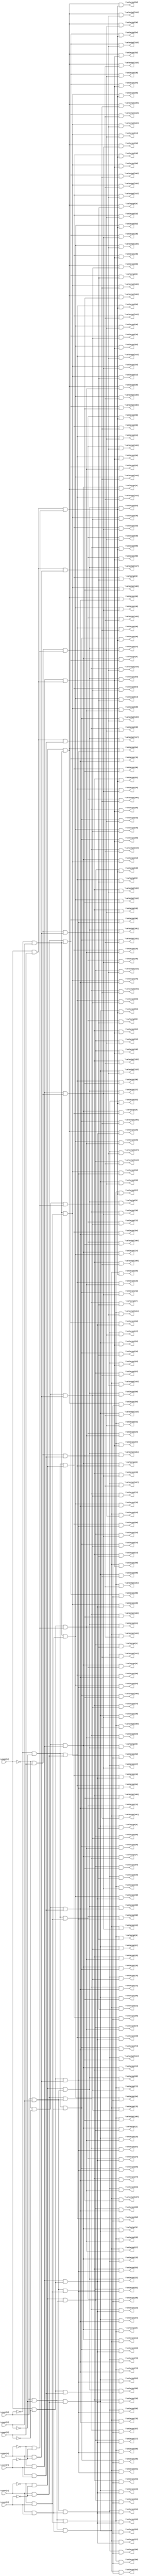
module top( \count[0]  , \count[1]  , \count[2]  , \count[3]  , \count[4]  , \count[5]  , \count[6]  , \count[7]  , \selectp1[0]  , \selectp1[1]  , \selectp1[2]  , \selectp1[3]  , \selectp1[4]  , \selectp1[5]  , \selectp1[6]  , \selectp1[7]  , \selectp1[8]  , \selectp1[9]  , \selectp1[10]  , \selectp1[11]  , \selectp1[12]  , \selectp1[13]  , \selectp1[14]  , \selectp1[15]  , \selectp1[16]  , \selectp1[17]  , \selectp1[18]  , \selectp1[19]  , \selectp1[20]  , \selectp1[21]  , \selectp1[22]  , \selectp1[23]  , \selectp1[24]  , \selectp1[25]  , \selectp1[26]  , \selectp1[27]  , \selectp1[28]  , \selectp1[29]  , \selectp1[30]  , \selectp1[31]  , \selectp1[32]  , \selectp1[33]  , \selectp1[34]  , \selectp1[35]  , \selectp1[36]  , \selectp1[37]  , \selectp1[38]  , \selectp1[39]  , \selectp1[40]  , \selectp1[41]  , \selectp1[42]  , \selectp1[43]  , \selectp1[44]  , \selectp1[45]  , \selectp1[46]  , \selectp1[47]  , \selectp1[48]  , \selectp1[49]  , \selectp1[50]  , \selectp1[51]  , \selectp1[52]  , \selectp1[53]  , \selectp1[54]  , \selectp1[55]  , \selectp1[56]  , \selectp1[57]  , \selectp1[58]  , \selectp1[59]  , \selectp1[60]  , \selectp1[61]  , \selectp1[62]  , \selectp1[63]  , \selectp1[64]  , \selectp1[65]  , \selectp1[66]  , \selectp1[67]  , \selectp1[68]  , \selectp1[69]  , \selectp1[70]  , \selectp1[71]  , \selectp1[72]  , \selectp1[73]  , \selectp1[74]  , \selectp1[75]  , \selectp1[76]  , \selectp1[77]  , \selectp1[78]  , \selectp1[79]  , \selectp1[80]  , \selectp1[81]  , \selectp1[82]  , \selectp1[83]  , \selectp1[84]  , \selectp1[85]  , \selectp1[86]  , \selectp1[87]  , \selectp1[88]  , \selectp1[89]  , \selectp1[90]  , \selectp1[91]  , \selectp1[92]  , \selectp1[93]  , \selectp1[94]  , \selectp1[95]  , \selectp1[96]  , \selectp1[97]  , \selectp1[98]  , \selectp1[99]  , \selectp1[100]  , \selectp1[101]  , \selectp1[102]  , \selectp1[103]  , \selectp1[104]  , \selectp1[105]  , \selectp1[106]  , \selectp1[107]  , \selectp1[108]  , \selectp1[109]  , \selectp1[110]  , \selectp1[111]  , \selectp1[112]  , \selectp1[113]  , \selectp1[114]  , \selectp1[115]  , \selectp1[116]  , \selectp1[117]  , \selectp1[118]  , \selectp1[119]  , \selectp1[120]  , \selectp1[121]  , \selectp1[122]  , \selectp1[123]  , \selectp1[124]  , \selectp1[125]  , \selectp1[126]  , \selectp1[127]  , \selectp2[0]  , \selectp2[1]  , \selectp2[2]  , \selectp2[3]  , \selectp2[4]  , \selectp2[5]  , \selectp2[6]  , \selectp2[7]  , \selectp2[8]  , \selectp2[9]  , \selectp2[10]  , \selectp2[11]  , \selectp2[12]  , \selectp2[13]  , \selectp2[14]  , \selectp2[15]  , \selectp2[16]  , \selectp2[17]  , \selectp2[18]  , \selectp2[19]  , \selectp2[20]  , \selectp2[21]  , \selectp2[22]  , \selectp2[23]  , \selectp2[24]  , \selectp2[25]  , \selectp2[26]  , \selectp2[27]  , \selectp2[28]  , \selectp2[29]  , \selectp2[30]  , \selectp2[31]  , \selectp2[32]  , \selectp2[33]  , \selectp2[34]  , \selectp2[35]  , \selectp2[36]  , \selectp2[37]  , \selectp2[38]  , \selectp2[39]  , \selectp2[40]  , \selectp2[41]  , \selectp2[42]  , \selectp2[43]  , \selectp2[44]  , \selectp2[45]  , \selectp2[46]  , \selectp2[47]  , \selectp2[48]  , \selectp2[49]  , \selectp2[50]  , \selectp2[51]  , \selectp2[52]  , \selectp2[53]  , \selectp2[54]  , \selectp2[55]  , \selectp2[56]  , \selectp2[57]  , \selectp2[58]  , \selectp2[59]  , \selectp2[60]  , \selectp2[61]  , \selectp2[62]  , \selectp2[63]  , \selectp2[64]  , \selectp2[65]  , \selectp2[66]  , \selectp2[67]  , \selectp2[68]  , \selectp2[69]  , \selectp2[70]  , \selectp2[71]  , \selectp2[72]  , \selectp2[73]  , \selectp2[74]  , \selectp2[75]  , \selectp2[76]  , \selectp2[77]  , \selectp2[78]  , \selectp2[79]  , \selectp2[80]  , \selectp2[81]  , \selectp2[82]  , \selectp2[83]  , \selectp2[84]  , \selectp2[85]  , \selectp2[86]  , \selectp2[87]  , \selectp2[88]  , \selectp2[89]  , \selectp2[90]  , \selectp2[91]  , \selectp2[92]  , \selectp2[93]  , \selectp2[94]  , \selectp2[95]  , \selectp2[96]  , \selectp2[97]  , \selectp2[98]  , \selectp2[99]  , \selectp2[100]  , \selectp2[101]  , \selectp2[102]  , \selectp2[103]  , \selectp2[104]  , \selectp2[105]  , \selectp2[106]  , \selectp2[107]  , \selectp2[108]  , \selectp2[109]  , \selectp2[110]  , \selectp2[111]  , \selectp2[112]  , \selectp2[113]  , \selectp2[114]  , \selectp2[115]  , \selectp2[116]  , \selectp2[117]  , \selectp2[118]  , \selectp2[119]  , \selectp2[120]  , \selectp2[121]  , \selectp2[122]  , \selectp2[123]  , \selectp2[124]  , \selectp2[125]  , \selectp2[126]  , \selectp2[127]  );
  input \count[0]  ;
  input \count[1]  ;
  input \count[2]  ;
  input \count[3]  ;
  input \count[4]  ;
  input \count[5]  ;
  input \count[6]  ;
  input \count[7]  ;
  output \selectp1[0]  ;
  output \selectp1[1]  ;
  output \selectp1[2]  ;
  output \selectp1[3]  ;
  output \selectp1[4]  ;
  output \selectp1[5]  ;
  output \selectp1[6]  ;
  output \selectp1[7]  ;
  output \selectp1[8]  ;
  output \selectp1[9]  ;
  output \selectp1[10]  ;
  output \selectp1[11]  ;
  output \selectp1[12]  ;
  output \selectp1[13]  ;
  output \selectp1[14]  ;
  output \selectp1[15]  ;
  output \selectp1[16]  ;
  output \selectp1[17]  ;
  output \selectp1[18]  ;
  output \selectp1[19]  ;
  output \selectp1[20]  ;
  output \selectp1[21]  ;
  output \selectp1[22]  ;
  output \selectp1[23]  ;
  output \selectp1[24]  ;
  output \selectp1[25]  ;
  output \selectp1[26]  ;
  output \selectp1[27]  ;
  output \selectp1[28]  ;
  output \selectp1[29]  ;
  output \selectp1[30]  ;
  output \selectp1[31]  ;
  output \selectp1[32]  ;
  output \selectp1[33]  ;
  output \selectp1[34]  ;
  output \selectp1[35]  ;
  output \selectp1[36]  ;
  output \selectp1[37]  ;
  output \selectp1[38]  ;
  output \selectp1[39]  ;
  output \selectp1[40]  ;
  output \selectp1[41]  ;
  output \selectp1[42]  ;
  output \selectp1[43]  ;
  output \selectp1[44]  ;
  output \selectp1[45]  ;
  output \selectp1[46]  ;
  output \selectp1[47]  ;
  output \selectp1[48]  ;
  output \selectp1[49]  ;
  output \selectp1[50]  ;
  output \selectp1[51]  ;
  output \selectp1[52]  ;
  output \selectp1[53]  ;
  output \selectp1[54]  ;
  output \selectp1[55]  ;
  output \selectp1[56]  ;
  output \selectp1[57]  ;
  output \selectp1[58]  ;
  output \selectp1[59]  ;
  output \selectp1[60]  ;
  output \selectp1[61]  ;
  output \selectp1[62]  ;
  output \selectp1[63]  ;
  output \selectp1[64]  ;
  output \selectp1[65]  ;
  output \selectp1[66]  ;
  output \selectp1[67]  ;
  output \selectp1[68]  ;
  output \selectp1[69]  ;
  output \selectp1[70]  ;
  output \selectp1[71]  ;
  output \selectp1[72]  ;
  output \selectp1[73]  ;
  output \selectp1[74]  ;
  output \selectp1[75]  ;
  output \selectp1[76]  ;
  output \selectp1[77]  ;
  output \selectp1[78]  ;
  output \selectp1[79]  ;
  output \selectp1[80]  ;
  output \selectp1[81]  ;
  output \selectp1[82]  ;
  output \selectp1[83]  ;
  output \selectp1[84]  ;
  output \selectp1[85]  ;
  output \selectp1[86]  ;
  output \selectp1[87]  ;
  output \selectp1[88]  ;
  output \selectp1[89]  ;
  output \selectp1[90]  ;
  output \selectp1[91]  ;
  output \selectp1[92]  ;
  output \selectp1[93]  ;
  output \selectp1[94]  ;
  output \selectp1[95]  ;
  output \selectp1[96]  ;
  output \selectp1[97]  ;
  output \selectp1[98]  ;
  output \selectp1[99]  ;
  output \selectp1[100]  ;
  output \selectp1[101]  ;
  output \selectp1[102]  ;
  output \selectp1[103]  ;
  output \selectp1[104]  ;
  output \selectp1[105]  ;
  output \selectp1[106]  ;
  output \selectp1[107]  ;
  output \selectp1[108]  ;
  output \selectp1[109]  ;
  output \selectp1[110]  ;
  output \selectp1[111]  ;
  output \selectp1[112]  ;
  output \selectp1[113]  ;
  output \selectp1[114]  ;
  output \selectp1[115]  ;
  output \selectp1[116]  ;
  output \selectp1[117]  ;
  output \selectp1[118]  ;
  output \selectp1[119]  ;
  output \selectp1[120]  ;
  output \selectp1[121]  ;
  output \selectp1[122]  ;
  output \selectp1[123]  ;
  output \selectp1[124]  ;
  output \selectp1[125]  ;
  output \selectp1[126]  ;
  output \selectp1[127]  ;
  output \selectp2[0]  ;
  output \selectp2[1]  ;
  output \selectp2[2]  ;
  output \selectp2[3]  ;
  output \selectp2[4]  ;
  output \selectp2[5]  ;
  output \selectp2[6]  ;
  output \selectp2[7]  ;
  output \selectp2[8]  ;
  output \selectp2[9]  ;
  output \selectp2[10]  ;
  output \selectp2[11]  ;
  output \selectp2[12]  ;
  output \selectp2[13]  ;
  output \selectp2[14]  ;
  output \selectp2[15]  ;
  output \selectp2[16]  ;
  output \selectp2[17]  ;
  output \selectp2[18]  ;
  output \selectp2[19]  ;
  output \selectp2[20]  ;
  output \selectp2[21]  ;
  output \selectp2[22]  ;
  output \selectp2[23]  ;
  output \selectp2[24]  ;
  output \selectp2[25]  ;
  output \selectp2[26]  ;
  output \selectp2[27]  ;
  output \selectp2[28]  ;
  output \selectp2[29]  ;
  output \selectp2[30]  ;
  output \selectp2[31]  ;
  output \selectp2[32]  ;
  output \selectp2[33]  ;
  output \selectp2[34]  ;
  output \selectp2[35]  ;
  output \selectp2[36]  ;
  output \selectp2[37]  ;
  output \selectp2[38]  ;
  output \selectp2[39]  ;
  output \selectp2[40]  ;
  output \selectp2[41]  ;
  output \selectp2[42]  ;
  output \selectp2[43]  ;
  output \selectp2[44]  ;
  output \selectp2[45]  ;
  output \selectp2[46]  ;
  output \selectp2[47]  ;
  output \selectp2[48]  ;
  output \selectp2[49]  ;
  output \selectp2[50]  ;
  output \selectp2[51]  ;
  output \selectp2[52]  ;
  output \selectp2[53]  ;
  output \selectp2[54]  ;
  output \selectp2[55]  ;
  output \selectp2[56]  ;
  output \selectp2[57]  ;
  output \selectp2[58]  ;
  output \selectp2[59]  ;
  output \selectp2[60]  ;
  output \selectp2[61]  ;
  output \selectp2[62]  ;
  output \selectp2[63]  ;
  output \selectp2[64]  ;
  output \selectp2[65]  ;
  output \selectp2[66]  ;
  output \selectp2[67]  ;
  output \selectp2[68]  ;
  output \selectp2[69]  ;
  output \selectp2[70]  ;
  output \selectp2[71]  ;
  output \selectp2[72]  ;
  output \selectp2[73]  ;
  output \selectp2[74]  ;
  output \selectp2[75]  ;
  output \selectp2[76]  ;
  output \selectp2[77]  ;
  output \selectp2[78]  ;
  output \selectp2[79]  ;
  output \selectp2[80]  ;
  output \selectp2[81]  ;
  output \selectp2[82]  ;
  output \selectp2[83]  ;
  output \selectp2[84]  ;
  output \selectp2[85]  ;
  output \selectp2[86]  ;
  output \selectp2[87]  ;
  output \selectp2[88]  ;
  output \selectp2[89]  ;
  output \selectp2[90]  ;
  output \selectp2[91]  ;
  output \selectp2[92]  ;
  output \selectp2[93]  ;
  output \selectp2[94]  ;
  output \selectp2[95]  ;
  output \selectp2[96]  ;
  output \selectp2[97]  ;
  output \selectp2[98]  ;
  output \selectp2[99]  ;
  output \selectp2[100]  ;
  output \selectp2[101]  ;
  output \selectp2[102]  ;
  output \selectp2[103]  ;
  output \selectp2[104]  ;
  output \selectp2[105]  ;
  output \selectp2[106]  ;
  output \selectp2[107]  ;
  output \selectp2[108]  ;
  output \selectp2[109]  ;
  output \selectp2[110]  ;
  output \selectp2[111]  ;
  output \selectp2[112]  ;
  output \selectp2[113]  ;
  output \selectp2[114]  ;
  output \selectp2[115]  ;
  output \selectp2[116]  ;
  output \selectp2[117]  ;
  output \selectp2[118]  ;
  output \selectp2[119]  ;
  output \selectp2[120]  ;
  output \selectp2[121]  ;
  output \selectp2[122]  ;
  output \selectp2[123]  ;
  output \selectp2[124]  ;
  output \selectp2[125]  ;
  output \selectp2[126]  ;
  output \selectp2[127]  ;
  wire n9 , n10 , n11 , n12 , n13 , n14 , n15 , n16 , n17 , n18 , n19 , n20 , n21 , n22 , n23 , n24 , n25 , n26 , n27 , n28 , n29 , n30 , n31 , n32 , n33 , n34 , n35 , n36 , n37 , n38 , n39 , n40 , n41 , n42 , n43 , n44 , n45 , n46 , n47 , n48 , n49 , n50 , n51 , n52 , n53 , n54 , n55 , n56 , n57 , n58 , n59 , n60 , n61 , n62 , n63 , n64 , n65 , n66 , n67 , n68 , n69 , n70 , n71 , n72 , n73 , n74 , n75 , n76 , n77 , n78 , n79 , n80 , n81 , n82 , n83 , n84 , n85 , n86 , n87 , n88 , n89 , n90 , n91 , n92 , n93 , n94 , n95 , n96 , n97 , n98 , n99 , n100 , n101 , n102 , n103 , n104 , n105 , n106 , n107 , n108 , n109 , n110 , n111 , n112 , n113 , n114 , n115 , n116 , n117 , n118 , n119 , n120 , n121 , n122 , n123 , n124 , n125 , n126 , n127 , n128 , n129 , n130 , n131 , n132 , n133 , n134 , n135 , n136 , n137 , n138 , n139 , n140 , n141 , n142 , n143 , n144 , n145 , n146 , n147 , n148 , n149 , n150 , n151 , n152 , n153 , n154 , n155 , n156 , n157 , n158 , n159 , n160 , n161 , n162 , n163 , n164 , n165 , n166 , n167 , n168 , n169 , n170 , n171 , n172 , n173 , n174 , n175 , n176 , n177 , n178 , n179 , n180 , n181 , n182 , n183 , n184 , n185 , n186 , n187 , n188 , n189 , n190 , n191 , n192 , n193 , n194 , n195 , n196 , n197 , n198 , n199 , n200 , n201 , n202 , n203 , n204 , n205 , n206 , n207 , n208 , n209 , n210 , n211 , n212 , n213 , n214 , n215 , n216 , n217 , n218 , n219 , n220 , n221 , n222 , n223 , n224 , n225 , n226 , n227 , n228 , n229 , n230 , n231 , n232 , n233 , n234 , n235 , n236 , n237 , n238 , n239 , n240 , n241 , n242 , n243 , n244 , n245 , n246 , n247 , n248 , n249 , n250 , n251 , n252 , n253 , n254 , n255 , n256 , n257 , n258 , n259 , n260 , n261 , n262 , n263 , n264 , n265 , n266 , n267 , n268 , n269 , n270 , n271 , n272 , n273 , n274 , n275 , n276 , n277 , n278 , n279 , n280 , n281 , n282 , n283 , n284 , n285 , n286 , n287 , n288 , n289 , n290 , n291 , n292 , n293 , n294 , n295 , n296 , n297 , n298 , n299 , n300 , n301 , n302 , n303 , n304 , n305 , n306 , n307 , n308 , n309 , n310 , n311 , n312 ;
  assign n9 = ~\count[4]  & ~\count[5]  ;
  assign n10 = ~\count[6]  & \count[7]  ;
  assign n11 = n9 & n10 ;
  assign n12 = ~\count[0]  & ~\count[2]  ;
  assign n13 = ~\count[1]  & ~\count[3]  ;
  assign n14 = n12 & n13 ;
  assign n15 = n11 & n14 ;
  assign n16 = \count[0]  & ~\count[2]  ;
  assign n17 = n13 & n16 ;
  assign n18 = n11 & n17 ;
  assign n19 = \count[1]  & ~\count[3]  ;
  assign n20 = n12 & n19 ;
  assign n21 = n11 & n20 ;
  assign n22 = n16 & n19 ;
  assign n23 = n11 & n22 ;
  assign n24 = ~\count[0]  & \count[2]  ;
  assign n25 = n13 & n24 ;
  assign n26 = n11 & n25 ;
  assign n27 = \count[0]  & \count[2]  ;
  assign n28 = n13 & n27 ;
  assign n29 = n11 & n28 ;
  assign n30 = n19 & n24 ;
  assign n31 = n11 & n30 ;
  assign n32 = n19 & n27 ;
  assign n33 = n11 & n32 ;
  assign n34 = ~\count[1]  & \count[3]  ;
  assign n35 = n12 & n34 ;
  assign n36 = n11 & n35 ;
  assign n37 = n16 & n34 ;
  assign n38 = n11 & n37 ;
  assign n39 = \count[1]  & \count[3]  ;
  assign n40 = n12 & n39 ;
  assign n41 = n11 & n40 ;
  assign n42 = n16 & n39 ;
  assign n43 = n11 & n42 ;
  assign n44 = n24 & n34 ;
  assign n45 = n11 & n44 ;
  assign n46 = n27 & n34 ;
  assign n47 = n11 & n46 ;
  assign n48 = n24 & n39 ;
  assign n49 = n11 & n48 ;
  assign n50 = n27 & n39 ;
  assign n51 = n11 & n50 ;
  assign n52 = \count[4]  & ~\count[5]  ;
  assign n53 = n10 & n52 ;
  assign n54 = n14 & n53 ;
  assign n55 = n17 & n53 ;
  assign n56 = n20 & n53 ;
  assign n57 = n22 & n53 ;
  assign n58 = n25 & n53 ;
  assign n59 = n28 & n53 ;
  assign n60 = n30 & n53 ;
  assign n61 = n32 & n53 ;
  assign n62 = n35 & n53 ;
  assign n63 = n37 & n53 ;
  assign n64 = n40 & n53 ;
  assign n65 = n42 & n53 ;
  assign n66 = n44 & n53 ;
  assign n67 = n46 & n53 ;
  assign n68 = n48 & n53 ;
  assign n69 = n50 & n53 ;
  assign n70 = ~\count[4]  & \count[5]  ;
  assign n71 = n10 & n70 ;
  assign n72 = n14 & n71 ;
  assign n73 = n17 & n71 ;
  assign n74 = n20 & n71 ;
  assign n75 = n22 & n71 ;
  assign n76 = n25 & n71 ;
  assign n77 = n28 & n71 ;
  assign n78 = n30 & n71 ;
  assign n79 = n32 & n71 ;
  assign n80 = n35 & n71 ;
  assign n81 = n37 & n71 ;
  assign n82 = n40 & n71 ;
  assign n83 = n42 & n71 ;
  assign n84 = n44 & n71 ;
  assign n85 = n46 & n71 ;
  assign n86 = n48 & n71 ;
  assign n87 = n50 & n71 ;
  assign n88 = \count[4]  & \count[5]  ;
  assign n89 = n10 & n88 ;
  assign n90 = n14 & n89 ;
  assign n91 = n17 & n89 ;
  assign n92 = n20 & n89 ;
  assign n93 = n22 & n89 ;
  assign n94 = n25 & n89 ;
  assign n95 = n28 & n89 ;
  assign n96 = n30 & n89 ;
  assign n97 = n32 & n89 ;
  assign n98 = n35 & n89 ;
  assign n99 = n37 & n89 ;
  assign n100 = n40 & n89 ;
  assign n101 = n42 & n89 ;
  assign n102 = n44 & n89 ;
  assign n103 = n46 & n89 ;
  assign n104 = n48 & n89 ;
  assign n105 = n50 & n89 ;
  assign n106 = \count[6]  & \count[7]  ;
  assign n107 = n9 & n106 ;
  assign n108 = n14 & n107 ;
  assign n109 = n17 & n107 ;
  assign n110 = n20 & n107 ;
  assign n111 = n22 & n107 ;
  assign n112 = n25 & n107 ;
  assign n113 = n28 & n107 ;
  assign n114 = n30 & n107 ;
  assign n115 = n32 & n107 ;
  assign n116 = n35 & n107 ;
  assign n117 = n37 & n107 ;
  assign n118 = n40 & n107 ;
  assign n119 = n42 & n107 ;
  assign n120 = n44 & n107 ;
  assign n121 = n46 & n107 ;
  assign n122 = n48 & n107 ;
  assign n123 = n50 & n107 ;
  assign n124 = n52 & n106 ;
  assign n125 = n14 & n124 ;
  assign n126 = n17 & n124 ;
  assign n127 = n20 & n124 ;
  assign n128 = n22 & n124 ;
  assign n129 = n25 & n124 ;
  assign n130 = n28 & n124 ;
  assign n131 = n30 & n124 ;
  assign n132 = n32 & n124 ;
  assign n133 = n35 & n124 ;
  assign n134 = n37 & n124 ;
  assign n135 = n40 & n124 ;
  assign n136 = n42 & n124 ;
  assign n137 = n44 & n124 ;
  assign n138 = n46 & n124 ;
  assign n139 = n48 & n124 ;
  assign n140 = n50 & n124 ;
  assign n141 = n70 & n106 ;
  assign n142 = n14 & n141 ;
  assign n143 = n17 & n141 ;
  assign n144 = n20 & n141 ;
  assign n145 = n22 & n141 ;
  assign n146 = n25 & n141 ;
  assign n147 = n28 & n141 ;
  assign n148 = n30 & n141 ;
  assign n149 = n32 & n141 ;
  assign n150 = n35 & n141 ;
  assign n151 = n37 & n141 ;
  assign n152 = n40 & n141 ;
  assign n153 = n42 & n141 ;
  assign n154 = n44 & n141 ;
  assign n155 = n46 & n141 ;
  assign n156 = n48 & n141 ;
  assign n157 = n50 & n141 ;
  assign n158 = n88 & n106 ;
  assign n159 = n14 & n158 ;
  assign n160 = n17 & n158 ;
  assign n161 = n20 & n158 ;
  assign n162 = n22 & n158 ;
  assign n163 = n25 & n158 ;
  assign n164 = n28 & n158 ;
  assign n165 = n30 & n158 ;
  assign n166 = n32 & n158 ;
  assign n167 = n35 & n158 ;
  assign n168 = n37 & n158 ;
  assign n169 = n40 & n158 ;
  assign n170 = n42 & n158 ;
  assign n171 = n44 & n158 ;
  assign n172 = n46 & n158 ;
  assign n173 = n48 & n158 ;
  assign n174 = n50 & n158 ;
  assign n175 = ~\count[6]  & ~\count[7]  ;
  assign n176 = n9 & n175 ;
  assign n177 = n14 & n176 ;
  assign n178 = n17 & n176 ;
  assign n179 = n20 & n176 ;
  assign n180 = n22 & n176 ;
  assign n181 = n25 & n176 ;
  assign n182 = n28 & n176 ;
  assign n183 = n30 & n176 ;
  assign n184 = n32 & n176 ;
  assign n185 = n35 & n176 ;
  assign n186 = n37 & n176 ;
  assign n187 = n40 & n176 ;
  assign n188 = n42 & n176 ;
  assign n189 = n44 & n176 ;
  assign n190 = n46 & n176 ;
  assign n191 = n48 & n176 ;
  assign n192 = n50 & n176 ;
  assign n193 = n52 & n175 ;
  assign n194 = n14 & n193 ;
  assign n195 = n17 & n193 ;
  assign n196 = n20 & n193 ;
  assign n197 = n22 & n193 ;
  assign n198 = n25 & n193 ;
  assign n199 = n28 & n193 ;
  assign n200 = n30 & n193 ;
  assign n201 = n32 & n193 ;
  assign n202 = n35 & n193 ;
  assign n203 = n37 & n193 ;
  assign n204 = n40 & n193 ;
  assign n205 = n42 & n193 ;
  assign n206 = n44 & n193 ;
  assign n207 = n46 & n193 ;
  assign n208 = n48 & n193 ;
  assign n209 = n50 & n193 ;
  assign n210 = n70 & n175 ;
  assign n211 = n14 & n210 ;
  assign n212 = n17 & n210 ;
  assign n213 = n20 & n210 ;
  assign n214 = n22 & n210 ;
  assign n215 = n25 & n210 ;
  assign n216 = n28 & n210 ;
  assign n217 = n30 & n210 ;
  assign n218 = n32 & n210 ;
  assign n219 = n35 & n210 ;
  assign n220 = n37 & n210 ;
  assign n221 = n40 & n210 ;
  assign n222 = n42 & n210 ;
  assign n223 = n44 & n210 ;
  assign n224 = n46 & n210 ;
  assign n225 = n48 & n210 ;
  assign n226 = n50 & n210 ;
  assign n227 = n88 & n175 ;
  assign n228 = n14 & n227 ;
  assign n229 = n17 & n227 ;
  assign n230 = n20 & n227 ;
  assign n231 = n22 & n227 ;
  assign n232 = n25 & n227 ;
  assign n233 = n28 & n227 ;
  assign n234 = n30 & n227 ;
  assign n235 = n32 & n227 ;
  assign n236 = n35 & n227 ;
  assign n237 = n37 & n227 ;
  assign n238 = n40 & n227 ;
  assign n239 = n42 & n227 ;
  assign n240 = n44 & n227 ;
  assign n241 = n46 & n227 ;
  assign n242 = n48 & n227 ;
  assign n243 = n50 & n227 ;
  assign n244 = \count[6]  & ~\count[7]  ;
  assign n245 = n9 & n244 ;
  assign n246 = n14 & n245 ;
  assign n247 = n17 & n245 ;
  assign n248 = n20 & n245 ;
  assign n249 = n22 & n245 ;
  assign n250 = n25 & n245 ;
  assign n251 = n28 & n245 ;
  assign n252 = n30 & n245 ;
  assign n253 = n32 & n245 ;
  assign n254 = n35 & n245 ;
  assign n255 = n37 & n245 ;
  assign n256 = n40 & n245 ;
  assign n257 = n42 & n245 ;
  assign n258 = n44 & n245 ;
  assign n259 = n46 & n245 ;
  assign n260 = n48 & n245 ;
  assign n261 = n50 & n245 ;
  assign n262 = n52 & n244 ;
  assign n263 = n14 & n262 ;
  assign n264 = n17 & n262 ;
  assign n265 = n20 & n262 ;
  assign n266 = n22 & n262 ;
  assign n267 = n25 & n262 ;
  assign n268 = n28 & n262 ;
  assign n269 = n30 & n262 ;
  assign n270 = n32 & n262 ;
  assign n271 = n35 & n262 ;
  assign n272 = n37 & n262 ;
  assign n273 = n40 & n262 ;
  assign n274 = n42 & n262 ;
  assign n275 = n44 & n262 ;
  assign n276 = n46 & n262 ;
  assign n277 = n48 & n262 ;
  assign n278 = n50 & n262 ;
  assign n279 = n70 & n244 ;
  assign n280 = n14 & n279 ;
  assign n281 = n17 & n279 ;
  assign n282 = n20 & n279 ;
  assign n283 = n22 & n279 ;
  assign n284 = n25 & n279 ;
  assign n285 = n28 & n279 ;
  assign n286 = n30 & n279 ;
  assign n287 = n32 & n279 ;
  assign n288 = n35 & n279 ;
  assign n289 = n37 & n279 ;
  assign n290 = n40 & n279 ;
  assign n291 = n42 & n279 ;
  assign n292 = n44 & n279 ;
  assign n293 = n46 & n279 ;
  assign n294 = n48 & n279 ;
  assign n295 = n50 & n279 ;
  assign n296 = n88 & n244 ;
  assign n297 = n14 & n296 ;
  assign n298 = n17 & n296 ;
  assign n299 = n20 & n296 ;
  assign n300 = n22 & n296 ;
  assign n301 = n25 & n296 ;
  assign n302 = n28 & n296 ;
  assign n303 = n30 & n296 ;
  assign n304 = n32 & n296 ;
  assign n305 = n35 & n296 ;
  assign n306 = n37 & n296 ;
  assign n307 = n40 & n296 ;
  assign n308 = n42 & n296 ;
  assign n309 = n44 & n296 ;
  assign n310 = n46 & n296 ;
  assign n311 = n48 & n296 ;
  assign n312 = n50 & n296 ;
  assign \selectp1[0]  = n15 ;
  assign \selectp1[1]  = n18 ;
  assign \selectp1[2]  = n21 ;
  assign \selectp1[3]  = n23 ;
  assign \selectp1[4]  = n26 ;
  assign \selectp1[5]  = n29 ;
  assign \selectp1[6]  = n31 ;
  assign \selectp1[7]  = n33 ;
  assign \selectp1[8]  = n36 ;
  assign \selectp1[9]  = n38 ;
  assign \selectp1[10]  = n41 ;
  assign \selectp1[11]  = n43 ;
  assign \selectp1[12]  = n45 ;
  assign \selectp1[13]  = n47 ;
  assign \selectp1[14]  = n49 ;
  assign \selectp1[15]  = n51 ;
  assign \selectp1[16]  = n54 ;
  assign \selectp1[17]  = n55 ;
  assign \selectp1[18]  = n56 ;
  assign \selectp1[19]  = n57 ;
  assign \selectp1[20]  = n58 ;
  assign \selectp1[21]  = n59 ;
  assign \selectp1[22]  = n60 ;
  assign \selectp1[23]  = n61 ;
  assign \selectp1[24]  = n62 ;
  assign \selectp1[25]  = n63 ;
  assign \selectp1[26]  = n64 ;
  assign \selectp1[27]  = n65 ;
  assign \selectp1[28]  = n66 ;
  assign \selectp1[29]  = n67 ;
  assign \selectp1[30]  = n68 ;
  assign \selectp1[31]  = n69 ;
  assign \selectp1[32]  = n72 ;
  assign \selectp1[33]  = n73 ;
  assign \selectp1[34]  = n74 ;
  assign \selectp1[35]  = n75 ;
  assign \selectp1[36]  = n76 ;
  assign \selectp1[37]  = n77 ;
  assign \selectp1[38]  = n78 ;
  assign \selectp1[39]  = n79 ;
  assign \selectp1[40]  = n80 ;
  assign \selectp1[41]  = n81 ;
  assign \selectp1[42]  = n82 ;
  assign \selectp1[43]  = n83 ;
  assign \selectp1[44]  = n84 ;
  assign \selectp1[45]  = n85 ;
  assign \selectp1[46]  = n86 ;
  assign \selectp1[47]  = n87 ;
  assign \selectp1[48]  = n90 ;
  assign \selectp1[49]  = n91 ;
  assign \selectp1[50]  = n92 ;
  assign \selectp1[51]  = n93 ;
  assign \selectp1[52]  = n94 ;
  assign \selectp1[53]  = n95 ;
  assign \selectp1[54]  = n96 ;
  assign \selectp1[55]  = n97 ;
  assign \selectp1[56]  = n98 ;
  assign \selectp1[57]  = n99 ;
  assign \selectp1[58]  = n100 ;
  assign \selectp1[59]  = n101 ;
  assign \selectp1[60]  = n102 ;
  assign \selectp1[61]  = n103 ;
  assign \selectp1[62]  = n104 ;
  assign \selectp1[63]  = n105 ;
  assign \selectp1[64]  = n108 ;
  assign \selectp1[65]  = n109 ;
  assign \selectp1[66]  = n110 ;
  assign \selectp1[67]  = n111 ;
  assign \selectp1[68]  = n112 ;
  assign \selectp1[69]  = n113 ;
  assign \selectp1[70]  = n114 ;
  assign \selectp1[71]  = n115 ;
  assign \selectp1[72]  = n116 ;
  assign \selectp1[73]  = n117 ;
  assign \selectp1[74]  = n118 ;
  assign \selectp1[75]  = n119 ;
  assign \selectp1[76]  = n120 ;
  assign \selectp1[77]  = n121 ;
  assign \selectp1[78]  = n122 ;
  assign \selectp1[79]  = n123 ;
  assign \selectp1[80]  = n125 ;
  assign \selectp1[81]  = n126 ;
  assign \selectp1[82]  = n127 ;
  assign \selectp1[83]  = n128 ;
  assign \selectp1[84]  = n129 ;
  assign \selectp1[85]  = n130 ;
  assign \selectp1[86]  = n131 ;
  assign \selectp1[87]  = n132 ;
  assign \selectp1[88]  = n133 ;
  assign \selectp1[89]  = n134 ;
  assign \selectp1[90]  = n135 ;
  assign \selectp1[91]  = n136 ;
  assign \selectp1[92]  = n137 ;
  assign \selectp1[93]  = n138 ;
  assign \selectp1[94]  = n139 ;
  assign \selectp1[95]  = n140 ;
  assign \selectp1[96]  = n142 ;
  assign \selectp1[97]  = n143 ;
  assign \selectp1[98]  = n144 ;
  assign \selectp1[99]  = n145 ;
  assign \selectp1[100]  = n146 ;
  assign \selectp1[101]  = n147 ;
  assign \selectp1[102]  = n148 ;
  assign \selectp1[103]  = n149 ;
  assign \selectp1[104]  = n150 ;
  assign \selectp1[105]  = n151 ;
  assign \selectp1[106]  = n152 ;
  assign \selectp1[107]  = n153 ;
  assign \selectp1[108]  = n154 ;
  assign \selectp1[109]  = n155 ;
  assign \selectp1[110]  = n156 ;
  assign \selectp1[111]  = n157 ;
  assign \selectp1[112]  = n159 ;
  assign \selectp1[113]  = n160 ;
  assign \selectp1[114]  = n161 ;
  assign \selectp1[115]  = n162 ;
  assign \selectp1[116]  = n163 ;
  assign \selectp1[117]  = n164 ;
  assign \selectp1[118]  = n165 ;
  assign \selectp1[119]  = n166 ;
  assign \selectp1[120]  = n167 ;
  assign \selectp1[121]  = n168 ;
  assign \selectp1[122]  = n169 ;
  assign \selectp1[123]  = n170 ;
  assign \selectp1[124]  = n171 ;
  assign \selectp1[125]  = n172 ;
  assign \selectp1[126]  = n173 ;
  assign \selectp1[127]  = n174 ;
  assign \selectp2[0]  = n177 ;
  assign \selectp2[1]  = n178 ;
  assign \selectp2[2]  = n179 ;
  assign \selectp2[3]  = n180 ;
  assign \selectp2[4]  = n181 ;
  assign \selectp2[5]  = n182 ;
  assign \selectp2[6]  = n183 ;
  assign \selectp2[7]  = n184 ;
  assign \selectp2[8]  = n185 ;
  assign \selectp2[9]  = n186 ;
  assign \selectp2[10]  = n187 ;
  assign \selectp2[11]  = n188 ;
  assign \selectp2[12]  = n189 ;
  assign \selectp2[13]  = n190 ;
  assign \selectp2[14]  = n191 ;
  assign \selectp2[15]  = n192 ;
  assign \selectp2[16]  = n194 ;
  assign \selectp2[17]  = n195 ;
  assign \selectp2[18]  = n196 ;
  assign \selectp2[19]  = n197 ;
  assign \selectp2[20]  = n198 ;
  assign \selectp2[21]  = n199 ;
  assign \selectp2[22]  = n200 ;
  assign \selectp2[23]  = n201 ;
  assign \selectp2[24]  = n202 ;
  assign \selectp2[25]  = n203 ;
  assign \selectp2[26]  = n204 ;
  assign \selectp2[27]  = n205 ;
  assign \selectp2[28]  = n206 ;
  assign \selectp2[29]  = n207 ;
  assign \selectp2[30]  = n208 ;
  assign \selectp2[31]  = n209 ;
  assign \selectp2[32]  = n211 ;
  assign \selectp2[33]  = n212 ;
  assign \selectp2[34]  = n213 ;
  assign \selectp2[35]  = n214 ;
  assign \selectp2[36]  = n215 ;
  assign \selectp2[37]  = n216 ;
  assign \selectp2[38]  = n217 ;
  assign \selectp2[39]  = n218 ;
  assign \selectp2[40]  = n219 ;
  assign \selectp2[41]  = n220 ;
  assign \selectp2[42]  = n221 ;
  assign \selectp2[43]  = n222 ;
  assign \selectp2[44]  = n223 ;
  assign \selectp2[45]  = n224 ;
  assign \selectp2[46]  = n225 ;
  assign \selectp2[47]  = n226 ;
  assign \selectp2[48]  = n228 ;
  assign \selectp2[49]  = n229 ;
  assign \selectp2[50]  = n230 ;
  assign \selectp2[51]  = n231 ;
  assign \selectp2[52]  = n232 ;
  assign \selectp2[53]  = n233 ;
  assign \selectp2[54]  = n234 ;
  assign \selectp2[55]  = n235 ;
  assign \selectp2[56]  = n236 ;
  assign \selectp2[57]  = n237 ;
  assign \selectp2[58]  = n238 ;
  assign \selectp2[59]  = n239 ;
  assign \selectp2[60]  = n240 ;
  assign \selectp2[61]  = n241 ;
  assign \selectp2[62]  = n242 ;
  assign \selectp2[63]  = n243 ;
  assign \selectp2[64]  = n246 ;
  assign \selectp2[65]  = n247 ;
  assign \selectp2[66]  = n248 ;
  assign \selectp2[67]  = n249 ;
  assign \selectp2[68]  = n250 ;
  assign \selectp2[69]  = n251 ;
  assign \selectp2[70]  = n252 ;
  assign \selectp2[71]  = n253 ;
  assign \selectp2[72]  = n254 ;
  assign \selectp2[73]  = n255 ;
  assign \selectp2[74]  = n256 ;
  assign \selectp2[75]  = n257 ;
  assign \selectp2[76]  = n258 ;
  assign \selectp2[77]  = n259 ;
  assign \selectp2[78]  = n260 ;
  assign \selectp2[79]  = n261 ;
  assign \selectp2[80]  = n263 ;
  assign \selectp2[81]  = n264 ;
  assign \selectp2[82]  = n265 ;
  assign \selectp2[83]  = n266 ;
  assign \selectp2[84]  = n267 ;
  assign \selectp2[85]  = n268 ;
  assign \selectp2[86]  = n269 ;
  assign \selectp2[87]  = n270 ;
  assign \selectp2[88]  = n271 ;
  assign \selectp2[89]  = n272 ;
  assign \selectp2[90]  = n273 ;
  assign \selectp2[91]  = n274 ;
  assign \selectp2[92]  = n275 ;
  assign \selectp2[93]  = n276 ;
  assign \selectp2[94]  = n277 ;
  assign \selectp2[95]  = n278 ;
  assign \selectp2[96]  = n280 ;
  assign \selectp2[97]  = n281 ;
  assign \selectp2[98]  = n282 ;
  assign \selectp2[99]  = n283 ;
  assign \selectp2[100]  = n284 ;
  assign \selectp2[101]  = n285 ;
  assign \selectp2[102]  = n286 ;
  assign \selectp2[103]  = n287 ;
  assign \selectp2[104]  = n288 ;
  assign \selectp2[105]  = n289 ;
  assign \selectp2[106]  = n290 ;
  assign \selectp2[107]  = n291 ;
  assign \selectp2[108]  = n292 ;
  assign \selectp2[109]  = n293 ;
  assign \selectp2[110]  = n294 ;
  assign \selectp2[111]  = n295 ;
  assign \selectp2[112]  = n297 ;
  assign \selectp2[113]  = n298 ;
  assign \selectp2[114]  = n299 ;
  assign \selectp2[115]  = n300 ;
  assign \selectp2[116]  = n301 ;
  assign \selectp2[117]  = n302 ;
  assign \selectp2[118]  = n303 ;
  assign \selectp2[119]  = n304 ;
  assign \selectp2[120]  = n305 ;
  assign \selectp2[121]  = n306 ;
  assign \selectp2[122]  = n307 ;
  assign \selectp2[123]  = n308 ;
  assign \selectp2[124]  = n309 ;
  assign \selectp2[125]  = n310 ;
  assign \selectp2[126]  = n311 ;
  assign \selectp2[127]  = n312 ;
endmodule